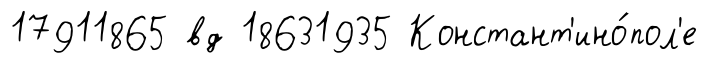
17911865 вд 18631935 Констант'ино́пол'е